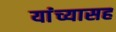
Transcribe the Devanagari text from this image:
यांंच्यासह